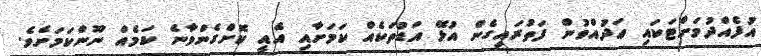
އުފެއްދުމަށްޓަކައި ޢަދުއްވުން ފަތުރައިގެން އުޅޭ އަޑުތަކެއް ކަމަށާއި އެއީ ކޮށްގެންވާނެ ކަމެއް ނޫންކަމަށެވެ.